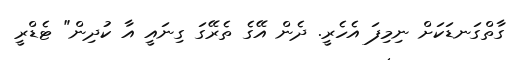
ގާތްގަނޑަކަށް ނިމިފަ އެހެރީ. ދެން އޭގެ ތެރޭގަ ގިނައީ އާ ކުދިން" ޓެޑްރީ